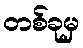
တစ်ခုမှ